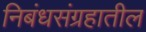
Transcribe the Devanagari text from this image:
निबंधसंग्रहातील